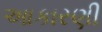
આકારણી